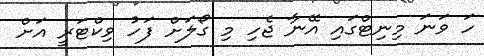
ހަ ވަނަ މިނިޓްގައި އޭނާ ޖެހި މި ގޯލަށް ފަހު ވިކްޓަރީ އަށް